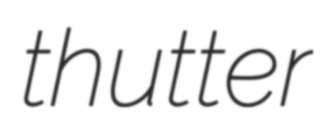
thutter